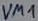
Text: VM1